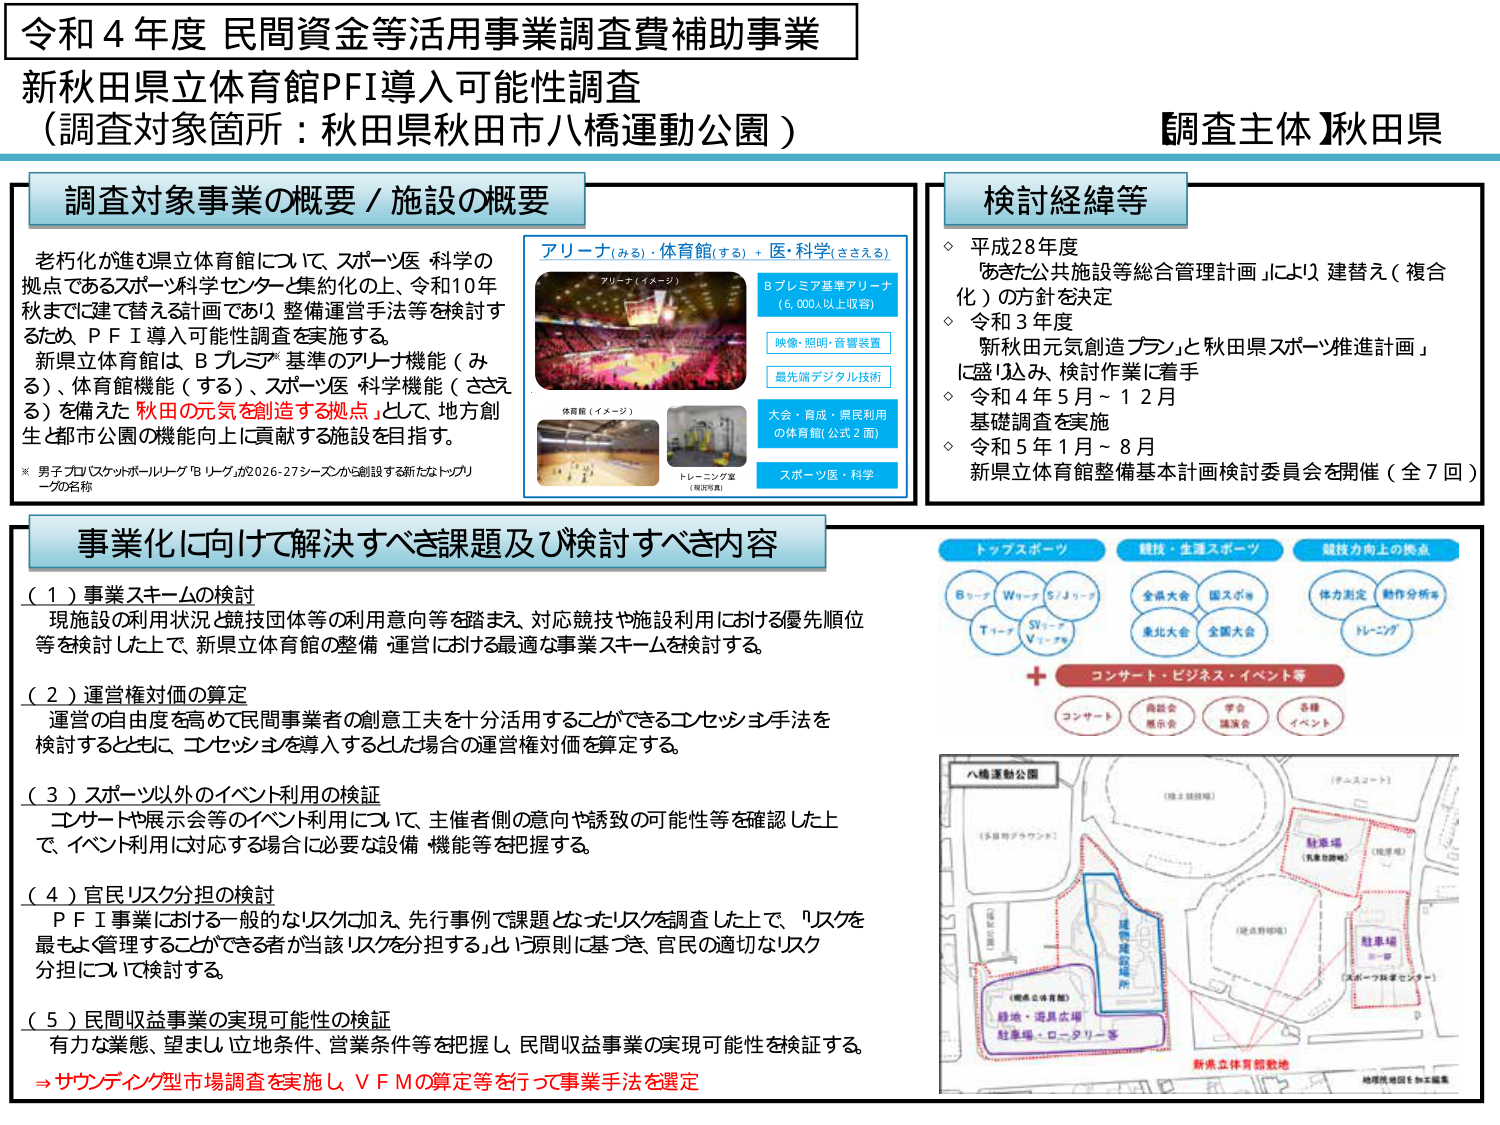
令和４年度 民間資金等活用事業調査費補助事業
新秋田県立体育館PFI導入可能性調査
（調査対象箇所：秋田県秋田市八橋運動公園）

【調査主体】秋田県

調査対象事業の概要／施設の概要
老朽化が進む県立体育館について、スポーツ医・科学の拠点であるスポーツ科学センターと集約化の上、令和10年秋までに建て替える計画であり、整備運営手法等を検討するため、PFI導入可能性調査を実施する。
新県立体育館は、Bプレミア基準のアリーナ機能（みる）、体育館機能（する）、スポーツ医・科学機能（ささえる）を備えた「秋田の元気を創造する拠点」として、地方創生と都市公園の機能向上に貢献する施設を目指す。
※男子プロバスケットボールリーグ「Bリーグ」が2026-27シーズンから創設する新たなトップリーグの名称

アリーナ（みる）・体育館（する）＋医・科学（ささえる）
アリーナ（イメージ）
Bプレミア基準アリーナ（6,000人以上収容）
映像・照明・音響装置
最先端デジタル技術
体育館（イメージ）
大会・育成・県民利用の体育館（公式2面）
トレーニング室（現況写真）
スポーツ医・科学

検討経緯等
◇ 平成28年度
「あきた公共施設等総合管理計画」により建替え（複合化）の方針を決定
◇ 令和3年度
「新秋田元気創造プラン」と「秋田県スポーツ推進計画」に盛り込み、検討作業に着手
◇ 令和4年5月～12月
基礎調査を実施
◇ 令和5年1月～8月
新県立体育館整備基本計画検討委員会を開催（全7回）

事業化に向けて解決すべき課題及び検討すべき内容
（１）事業スキームの検討
現施設の利用状況と競技団体等の利用意向等を踏まえ、対応競技や施設利用における優先順位等を検討した上で、新県立体育館の整備・運営における最適な事業スキームを検討する。

（２）運営権対価の算定
運営の自由度を高めて民間事業者の創意工夫を十分活用することができるコンセッション手法を検討するとともに、コンセッションを導入するとした場合の運営権対価を算定する。

（３）スポーツ以外のイベント利用の検証
コンサートや展示会等のイベント利用について、主催者側の意向や誘致の可能性等を確認した上で、イベント利用に対応する場合に必要な設備・機能等を把握する。

（４）官民リスク分担の検討
PFI事業における一般的なリスク加え、先行事例で課題となったリスクを調査した上で、「リスクを最も管理することができる者が当該リスクを分担する」という原則に基づき、官民の適切なリスク分担について検討する。

（５）民間収益事業の実現可能性の検証
有力な業態、望ましい立地条件、営業条件等を把握し、民間収益事業の実現可能性を検証する。
⇒サウンディング型市場調査を実施し、VFMの算定等を行って事業手法を選定

トップスポーツ
Bリーグ　Wリーグ　SJリーグ
Tリーグ　SVリーグ　Vリーグ

競技・生涯スポーツ
全県大会　国スポ※
東北大会　全国大会

競技力向上の拠点
体力測定　動作分析※
トレーニング

＋
コンサート・ビジネス・イベント等
コンサート　商談会　学会　各種
　　　　　　展示会　講演会　イベント

八橋運動公園
（陸上競技場）
（テニスコート）
（多目的グラウンド）
（球技場）
（駐車場）
（児童遊戯場）
（芝生広場）
（駐車場）
（スポーツ体験センター）
（緑地・遊具広場）
（駐車場・ロータリー等）
新県立体育館敷地
地図所在地図を加工編集